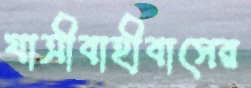
যাত্রীবাহীবাসের